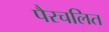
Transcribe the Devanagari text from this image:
पैरचलित